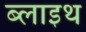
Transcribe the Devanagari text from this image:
ब्लाइथ